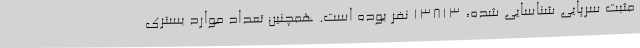
مثبت سرپایی شناسایی شده، ۱۳۸۱۳ نفر بوده است. همچنین تعداد موارد بستری